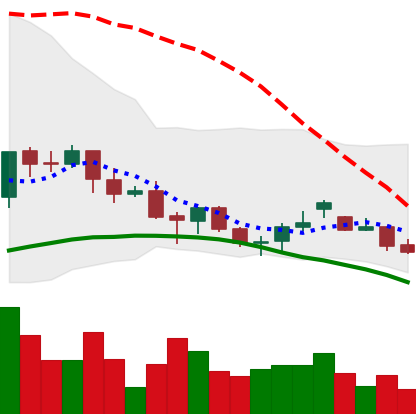
Ticker: LINK-USD
Chart end date: 2021-06-19
Forward return: -6.789%
Label: down_5_7